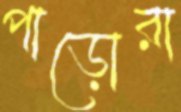
পাড়োরা